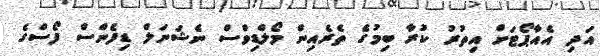
އަދި އެއާޕޯޓަށް އިތުރު ކުރާ ބިމުގެ ތެރެއިން މޯލްޑިވްސް ނެޝަނަލް ޑިފެންސް ފޯސްގެ